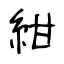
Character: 紺